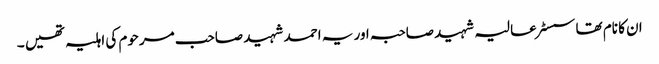
ان کا نام تھا سسٹر عالیہ شہید صاحبہ اور یہ احمد شہید صاحب مرحوم کی اہلیہ تھیں ۔